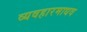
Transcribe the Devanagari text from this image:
व्यवहारमाधव